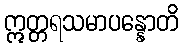
ဣတ္တရသမာပန္နောတိ